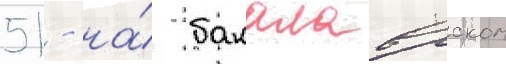
51 - на́ бакалаврском